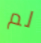
لم